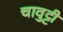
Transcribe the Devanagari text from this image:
चावुट्टी